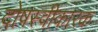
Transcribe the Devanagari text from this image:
दोषस्वीकारक